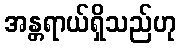
အန္တရာယ်ရှိသည်ဟု